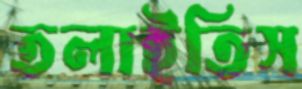
তলাইতিস